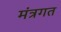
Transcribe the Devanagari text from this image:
मंत्रगत